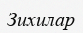
Зихилар